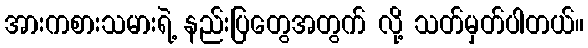
အားကစားသမားရဲ့ နည်းပြတွေအတွက် လို့ သတ်မှတ်ပါတယ်။